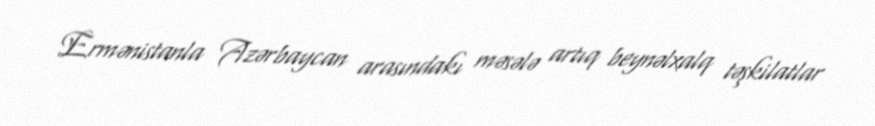
Ermənistanla Azərbaycan arasındakı məsələ artıq beynəlxalq təşkilatlar